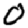
Digit: 0